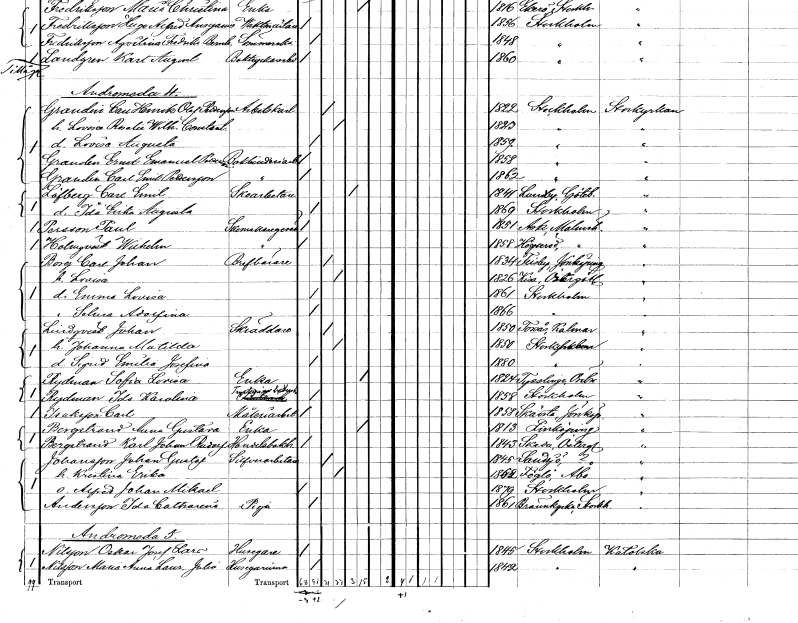
gt_parse: households: individuals: FN: Ernst Emanuel
EN: Granden Pettersson
YRKE: Bokbinderiarbetare
KON: M
CIV: O
FODAR: 1858
FODFORS: Stockholm
FN: Carl Emil
EN: Granden Pettersson
YRKE: Bokbinderiarbetare
KON: M
CIV: O
FODAR: 1862
FODFORS: Stockholm
FN: Carl Emil
EN: Löfberg
YRKE: Skoarbetare
KON: M
CIV: E
FODAR: 1841
FODFORS: Lundby Göteborgs- och Bohuslän
FN: Ida Erika Augusta
KON: K
CIV: O
FODAR: 1869
FODFORS: Stockholm
FN: Paul
EN: Persson
YRKE: Skomakaregesäll
KON: M
CIV: O
FODAR: 1851
FODFORS: Ask Malmöhus län
FN: Wilhelm
EN: Holmqvist
YRKE: Skomakaregesäll
KON: M
CIV: O
FODAR: 1858
FODFORS: Högseröd Malmöhus län
FN: Carl Johan
EN: Borg
YRKE: Brevbärare
KON: M
CIV: G
FODAR: 1834
FODFORS: Flisby Jönköpings län
FN: Lovisa
KON: K
CIV: G
FODAR: 1826
FODFORS: Kisa Östergötlands län
FN: Emma Lovisa
KON: K
CIV: O
FODAR: 1861
FODFORS: Stockholm
FN: Selma Adolfina
KON: K
CIV: O
FODAR: 1866
FODFORS: Stockholm
FN: Johan
EN: Lindqvist
YRKE: Skräddare
KON: M
CIV: G
FODAR: 1850
FODFORS: Torsås Kalmar län
FN: Johanna Matilda
KON: K
CIV: G
FODAR: 1850
FODFORS: Stockholm
FN: Sigrid Emilia Josefina
KON: K
CIV: O
FODAR: 1880
FODFORS: Stockholm
FN: Sofia Lovisa
EN: Rydman
YRKE: Änka
KON: K
CIV: E
FODAR: 1824
FODFORS: Tysslinge Örebro län
FN: Ida Karolina
EN: Rydman
YRKE: Tryckeriarbeterska
KON: K
CIV: O
FODAR: 1858
FODFORS: Stockholm
FN: Carl
EN: Isaksson
YRKE: Måleriarbetare
KON: M
CIV: O
FODAR: 1858
FODFORS: Skärstad Jönköpings län
FN: Anna Gustava
EN: Bergstrand
YRKE: Änka
KON: K
CIV: E
FODAR: 1813
FODFORS: Linköping Östergötlands län
FN: Karl Johan Rudolf
EN: Bergstrand
YRKE: Handelsbokhållare
KON: M
CIV: O
FODAR: 1843
FODFORS: Skeda Östergötlands län
FN: Johan Gustaf
EN: Johansson
YRKE: Silverarbetare
KON: M
CIV: G
FODAR: 1845
FODFORS: Sandsjö Jönköpings län
FN: Kristina Erika
KON: K
CIV: G
FODAR: 1862
FN: Alfred Johan Mikael
KON: M
CIV: O
FODAR: 1879
FODFORS: Stockholm
FN: Ida Catharina
EN: Andersson
YRKE: Piga
KON: K
CIV: O
FODAR: 1861
FODFORS: Brännkyrka Stockholms län
FN: Oskar Josef Lars
EN: Nilsson
YRKE: Husägare
KON: M
CIV: O
FODAR: 1845
FODFORS: Stockholm
FN: Maria Anna Laura Julia
EN: Nilsson
YRKE: Husägarinna
KON: K
CIV: O
FODAR: 1842
FODFORS: Stockholm